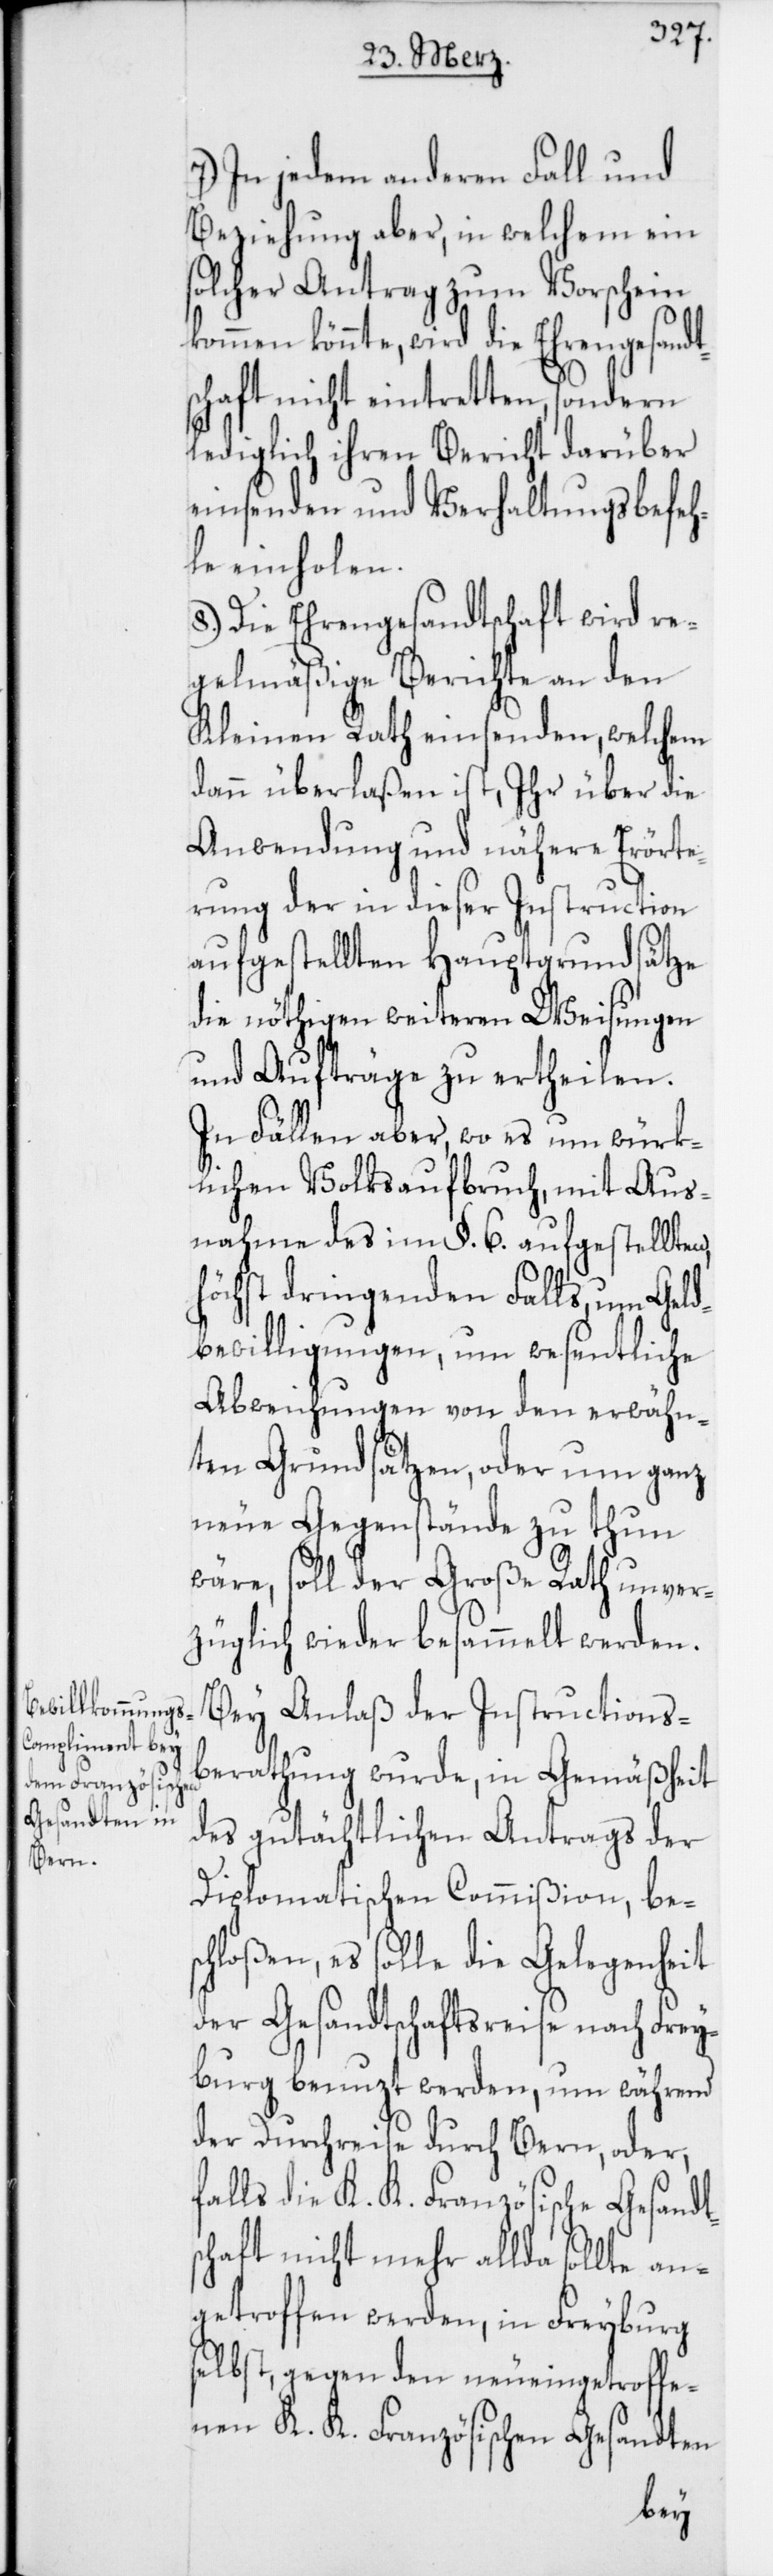
In jedem anderen Fall und
Beziehung aber, in welchem ein
solcher Antrag zum Vorschein
könnte, wird die Ehrengesandt¬
schaft nicht eintretten, sondern
lediglich ihren Bericht darüber
einsenden und Verhaltungsbefeh¬
le einholen.
8.) Die Ehrengesandtschaft wird re¬
gelmäßige Berichte an den
Kleinen Rath einsenden, welchem
dann überlaßen ist, Ihr über die
Anwendung und nähere Erörte¬
rung der in dieser Instruction
aufgestellten Hauptgrundsätze
die nöthigen weiteren Weisungen
und Aufträge zu ertheilen.
In Fällen aber, wo es um würk¬
lichen Volksaufbruch, mit Aus¬
nahme des im §. 6. aufgestellten
höchst dringenden Falls, um Geld¬
bewilligungen, um wesentliche
Abweichungen von den erwähn¬
ten Grundsätzen, oder um ganz
neue Gegenstände zu thun
wäre, soll der Große Rath unver¬
züglich wieder besammelt werden.
Bey Anlaß der Instructions-B¬
erathung wurde, in Gemäßheit
des gutächtlichen Antrags der
Diplomatischen Commißion, be¬
schloßen, es solle die Gelegenheit
der Gesandtschaftsreise nach Frey¬
burg benuzt werden, um während
der Durchreise durch Bern, oder,
falls die K. K. Französische Gesandt¬
schaft nicht mehr allda sollte an¬
getroffen werden, in Freyburg
selbst, gegen den neu eingetroffe¬
nen K. K. Französischen Gesandten